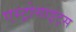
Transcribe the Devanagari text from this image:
एस्ट्रोसाइट्स